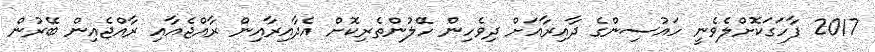
2017 ފާހަގަކޮށްލެވެނީ ހައުސިންގެ ދާއިރާއަށް ދިވެހިން ހޭލުންތެރިކޮށް އެދާއިރާއިން ރާއްޖެއާއި ރާއްޖެއިން ބޭރުން